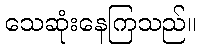
သေဆုံးနေကြသည်။